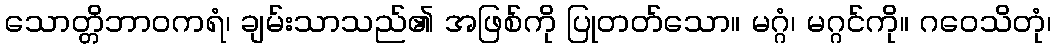
သောတ္တိဘာဝကရံ၊ ချမ်းသာသည်၏ အဖြစ်ကို ပြုတတ်သော။ မဂ္ဂံ၊ မဂ္ဂင်ကို။ ဂဝေသိတုံ၊